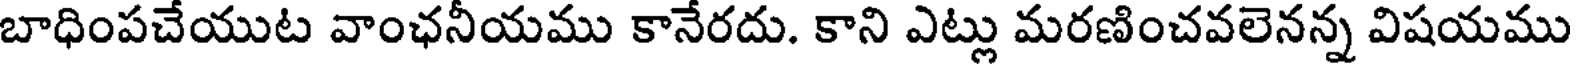
బాధింపచేయుట వాంఛనీయము కానేరదు. కాని ఎట్లు మరణించవలెనన్న విషయము